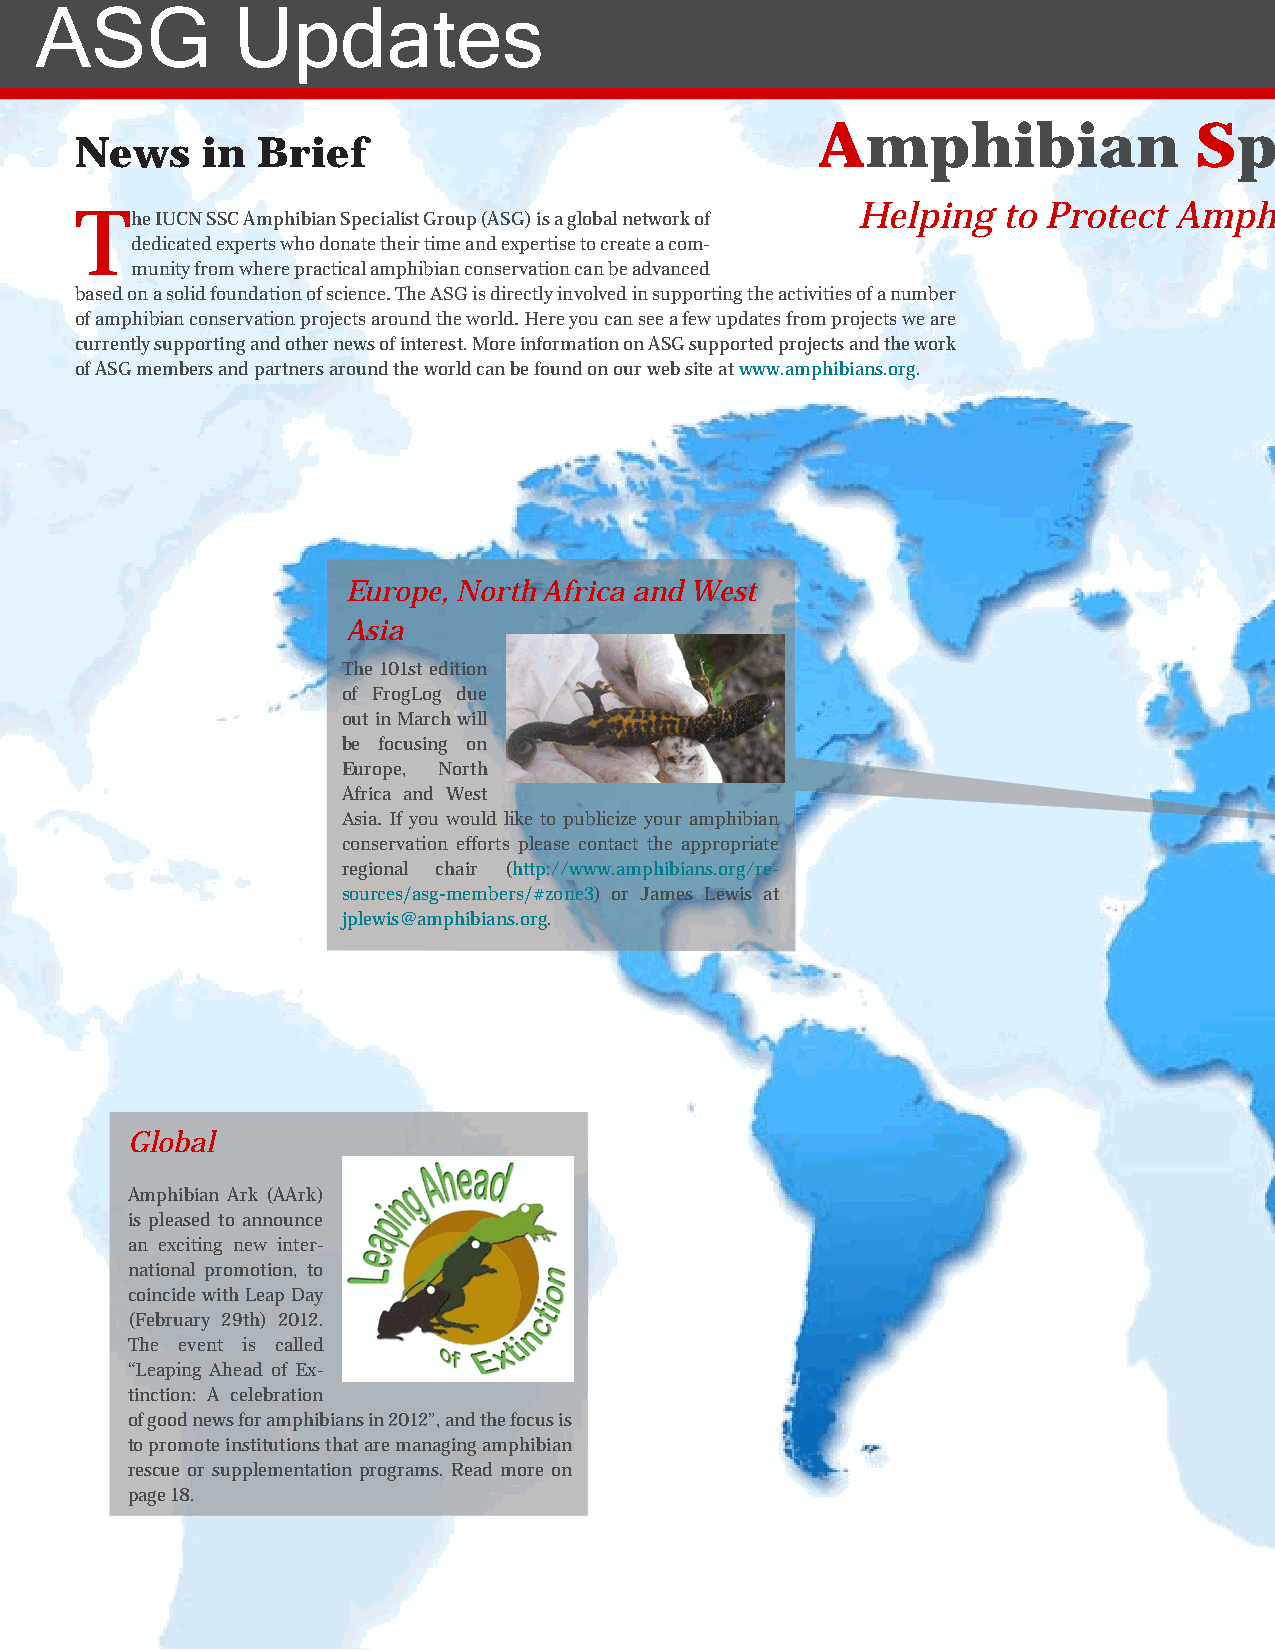
ASG          Updates
 Amphibian                Specialist            Group
 News    in  Brief
 Helping  to Protect  Amphibians    Around   the World
 The  IUCN SSC Amphibian Specialist Group (ASG) is a global network of
 dedicated experts who donate their time and expertise to create a com-
 munity from where practical amphibian conservation can be advanced
 based on a solid foundation of science. The ASG is directly involved in supporting the activities of a number
 of amphibian conservation projects around the world. Here you can see a few updates from projects we are
 currently supporting and other news of interest. More information on ASG supported projects and the work
 of ASG members and partners around the world can be found on our web site at www.amphibians.org.
 Europe, North Africa and West
 Asia
 The 101st edition
 of FrogLog due
 out in March will
 be focusing on
 Europe, North
 Africa and West
 Asia. If you would like to publicize your amphibian
 conservation efforts please contact the appropriate
 regional chair (http://www.amphibians.org/re-
 sources/asg-members/#zone3) or James Lewis at
 jplewis@amphibians.org.
 Global
 Amphibian Ark (AArk)
 is pleased to announce
 an exciting new inter-
 national promotion, to
 coincide with Leap Day
 (February 29th) 2012.
 The event is called
 “Leaping Ahead of Ex-
 tinction: A celebration
 of good news for amphibians in 2012”, and the focus is
 to promote institutions that are managing amphibian
 rescue or supplementation programs. Read more on
 page 18.
 6 | FrogLog Vol. 100| January 2012